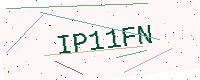
Text: IP11FN